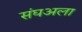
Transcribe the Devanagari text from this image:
संघअला